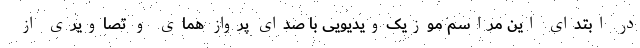
در ابتدای این مراسم موزیک‌ویدیویی با صدای پرواز همای و تصاویری از